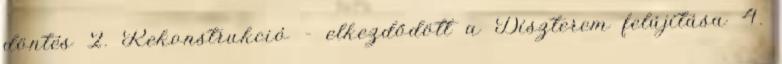
döntés 2. Rekonstrukció – elkezdődött a Díszterem felújítása 4.